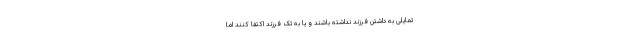
تمایلی به داشتن فرزند نداشته باشند و یا به تک فرزند اکتفا کنند اما